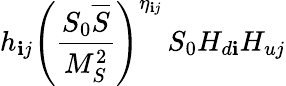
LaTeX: h_{\mathbf{i}j}\left(\frac{{S_{0}{\overline{{{S}}}}}}{{M_{S}^{2}}}\right)^{\eta_{\mathbf{i}j}}\, S_{0}H_{d\mathbf{i}}H_{uj}